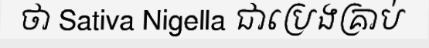
ថា Sativa Nigella ជាប្រេងគ្រាប់